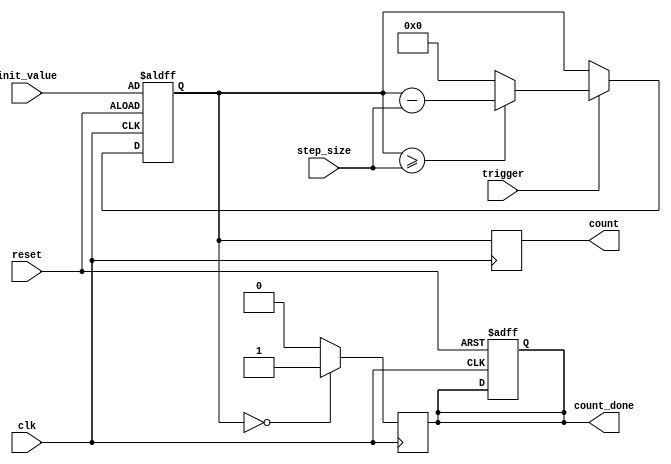
module decremental_counter (
    input wire clk,              // Clock signal
    input wire reset,            // Reset signal
    input wire trigger,          // Trigger signal to decrement the counter
    input wire [7:0] init_value, // Initial count value
    input wire [7:0] step_size,  // Step size for decrement
    output reg [7:0] count,      // Current count value
    output reg count_done        // Signal indicating count has reached zero
);

    // State variable to track the current count
    reg [7:0] current_count;

    // Initialization and reset logic
    always @(posedge clk or posedge reset) begin
        if (reset) begin
            // Reset the count to the initial value
            current_count <= init_value;
            count_done <= 1'b0; // Reset done signal
        end else if (trigger) begin
            // Decrement the count by step size
            if (current_count >= step_size) begin
                current_count <= current_count - step_size;
            end else begin
                current_count <= 8'b0; // Prevent underflow
            end
        end
    end

    // Assign current count to output and check for zero condition
    always @(posedge clk) begin
        count <= current_count;
        if (current_count == 8'b0) begin
            count_done <= 1'b1; // Signal that counting is done
        end else begin
            count_done <= 1'b0; // Clear done signal if not zero
        end
    end

endmodule